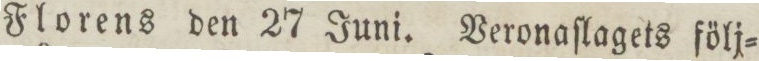
Florens den 27 Juni. Veronaſlagets följ=